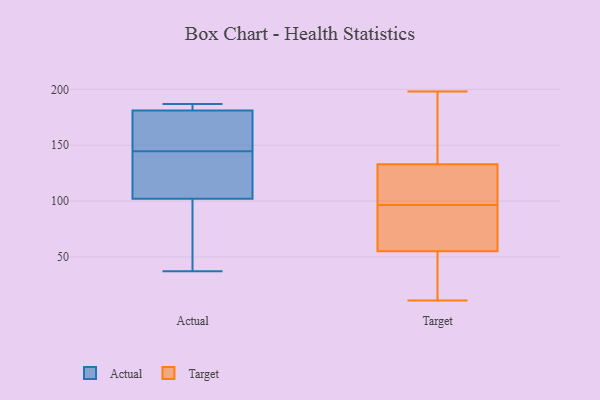
{"axis": {"x": "Budget (USD K)", "y": "Value"}, "legend": ["Actual", "Target"], "data": [{"x": "", "y": 154, "type": "Actual"}, {"x": "", "y": 37, "type": "Actual"}, {"x": "", "y": 105, "type": "Actual"}, {"x": "", "y": 181, "type": "Actual"}, {"x": "", "y": 110, "type": "Actual"}, {"x": "", "y": 165, "type": "Actual"}, {"x": "", "y": 83, "type": "Actual"}, {"x": "", "y": 163, "type": "Actual"}, {"x": "", "y": 135, "type": "Actual"}, {"x": "", "y": 182, "type": "Actual"}, {"x": "", "y": 187, "type": "Actual"}, {"x": "", "y": 47, "type": "Actual"}, {"x": "", "y": 184, "type": "Actual"}, {"x": "", "y": 102, "type": "Actual"}, {"x": "", "y": 11, "type": "Target"}, {"x": "", "y": 136, "type": "Target"}, {"x": "", "y": 87, "type": "Target"}, {"x": "", "y": 75, "type": "Target"}, {"x": "", "y": 127, "type": "Target"}, {"x": "", "y": 35, "type": "Target"}, {"x": "", "y": 133, "type": "Target"}, {"x": "", "y": 112, "type": "Target"}, {"x": "", "y": 175, "type": "Target"}, {"x": "", "y": 106, "type": "Target"}, {"x": "", "y": 161, "type": "Target"}, {"x": "", "y": 119, "type": "Target"}, {"x": "", "y": 26, "type": "Target"}, {"x": "", "y": 55, "type": "Target"}, {"x": "", "y": 198, "type": "Target"}, {"x": "", "y": 75, "type": "Target"}, {"x": "", "y": 61, "type": "Target"}, {"x": "", "y": 44, "type": "Target"}]}